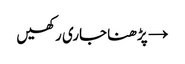
→ پڑھنا جاری رکھیں